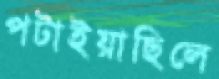
পটাইয়াছিলে